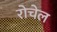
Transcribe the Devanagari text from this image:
रोचेल